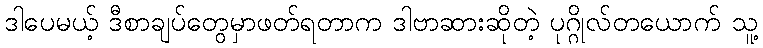
ဒါပေမယ့် ဒီစာချပ်တွေမှာဖတ်ရတာက ဒါဗာဆားဆိုတဲ့ ပုဂ္ဂိုလ်တယောက် သူ့